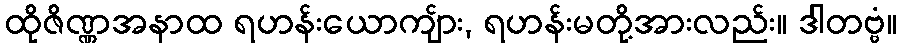
ထိုဇိဏ္ဏအနာထ ရဟန်းယောကျ်ား, ရဟန်းမတို့အားလည်း။ ဒါတဗ္ဗံ။